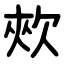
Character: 㰰